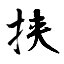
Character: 挟